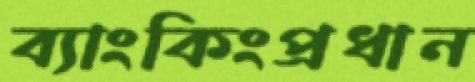
ব্যাংকিংপ্রধান